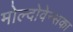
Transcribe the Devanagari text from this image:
मोल्दोवेन्सका